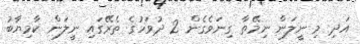
އަދި މި ނީލަން ނިމޭތާ ގިނަވެގެން 2 ދުވަހުގެ ތެރޭގައި ނީލަން ކާމިޔާބު